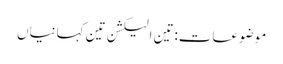
موضوعات:تین الیکشن تین کہانیاں